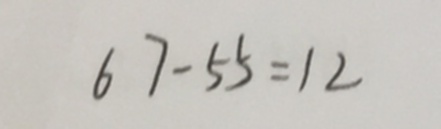
6 7 - 5 5 = 1 2